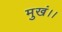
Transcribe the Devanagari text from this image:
मुखं।।